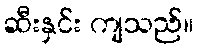
ဆီးနှင်း ကျသည်။